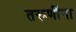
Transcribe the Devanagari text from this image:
तरूणींना